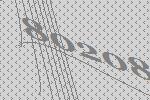
80208